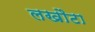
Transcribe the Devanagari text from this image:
लखौटा